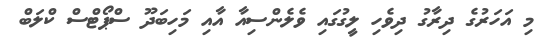
މި އަހަރުގެ ދިރާގު ދިވެހި ލީގުގައި ވެލެންސިއާ އާއި މަހިބަދޫ ސްޕޯޓްސް ކްލަބް